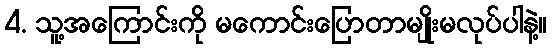
4. သူ့အကြောင်းကို မကောင်းပြောတာမျိုးမလုပ်ပါနဲ့။